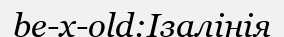
be-x-old:Ізалінія